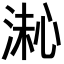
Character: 𪶚